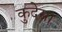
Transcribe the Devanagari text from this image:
कुदेसा